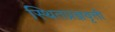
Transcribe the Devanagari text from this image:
स्थितप्रज्ञवृत्ती